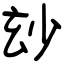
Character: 玅